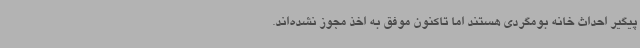
پیگیر احداث خانه بومگردی هستند اما تاکنون موفق به اخذ مجوز نشده‌اند.